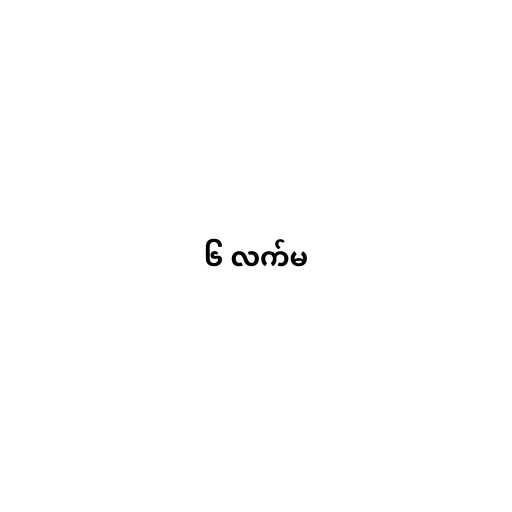
၆ လက်မ